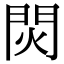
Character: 焛